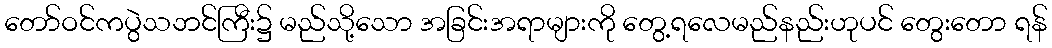
တော်ဝင်ကပွဲသဘင်ကြီး၌ မည်သို့သော အခြင်းအရာများကို တွေ့ရလေမည်နည်းဟုပင် တွေးတော ရန်